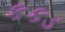
કકડ